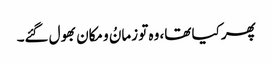
پھر کیا تھا، وہ تو زمانُ و مکان بھول گئے۔